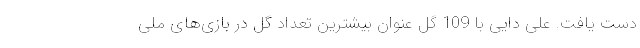
دست یافت. علی دایی با 109 گل عنوان بیشترین تعداد گل در بازی‌های ملی